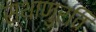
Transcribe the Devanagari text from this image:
स्थाणुरवि